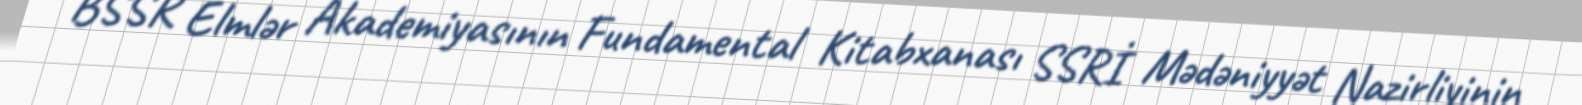
BSSR Elmlər Akademiyasının Fundamental Kitabxanası SSRİ Mədəniyyət Nazirliyinin